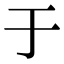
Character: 于